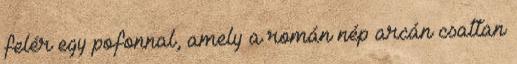
felér egy pofonnal, amely a román nép arcán csattan